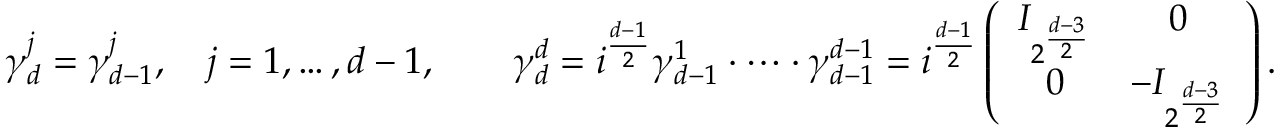
\gamma _ { d } ^ { j } = \gamma _ { d - 1 } ^ { j } , \quad j = 1 , \dots , d - 1 , \qquad \gamma _ { d } ^ { d } = i ^ { \frac { d - 1 } 2 } \gamma _ { d - 1 } ^ { 1 } \cdot \dots \cdot \gamma _ { d - 1 } ^ { d - 1 } = i ^ { \frac { d - 1 } 2 } \left( \begin{array} { c c } { I _ { 2 ^ { \frac { d - 3 } 2 } } } & { 0 } \\ { 0 } & { - I _ { 2 ^ { \frac { d - { 3 } } 2 } } } \end{array} \right) .